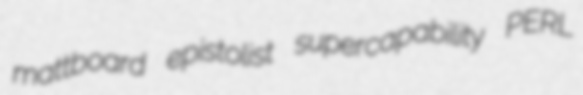
mattboard epistolist supercapability PERL